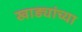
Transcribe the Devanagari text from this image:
खाड्यांच्या